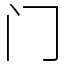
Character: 门